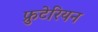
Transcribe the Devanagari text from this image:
फ्रुटेरियन